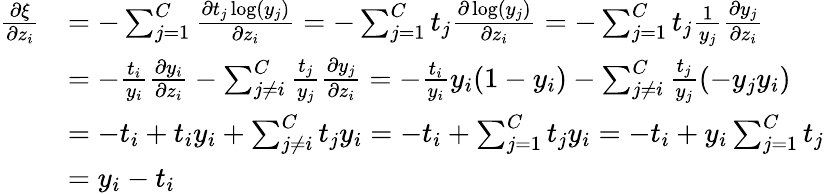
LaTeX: \begin{array}{rl}{\frac{\partial\xi}{\partial z_{i}}}&{=-\sum_{j=1}^{C}\frac{\partial t_{j}\log(y_{j})}{\partial z_{i}}=-\sum_{j=1}^{C}t_{j}\frac{\partial\log(y_{j})}{\partial z_{i}}=-\sum_{j=1}^{C}t_{j}\frac{1}{y_{j}}\frac{\partial y_{j}}{\partial z_{i}}}\\ &{=-\frac{t_{i}}{y_{i}}\frac{\partial y_{i}}{\partial z_{i}}-\sum_{j\neq i}^{C}\frac{t_{j}}{y_{j}}\frac{\partial y_{j}}{\partial z_{i}}=-\frac{t_{i}}{y_{i}}y_{i}(1-y_{i})-\sum_{j\neq i}^{C}\frac{t_{j}}{y_{j}}(-y_{j}y_{i})}\\ &{=-t_{i}+t_{i}y_{i}+\sum_{j\neq i}^{C}t_{j}y_{i}=-t_{i}+\sum_{j=1}^{C}t_{j}y_{i}=-t_{i}+y_{i}\sum_{j=1}^{C}t_{j}}\\ &{=y_{i}-t_{i}}\end{array}